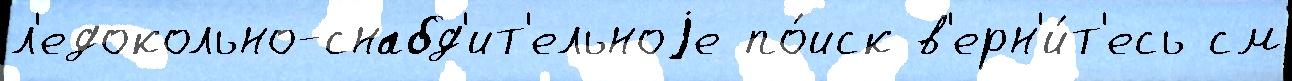
л'едокольно-снабд'ит'ельноjе по́иск в'ерн'и́т'есь см